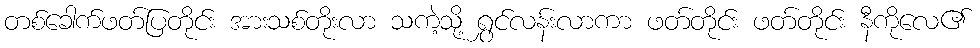
တစ်ခေါက်ဖတ်ပြတိုင်း အားသစ်တိုးလာ သကဲ့သို့ ရွှင်လန်းလာကာ ဖတ်တိုင်း ဖတ်တိုင်း နီကိုလေ၏